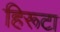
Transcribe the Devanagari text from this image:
हिरूटा